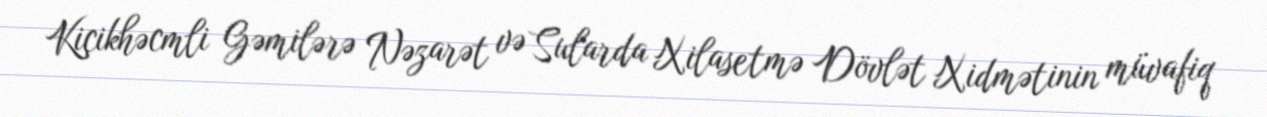
Kiçikhəcmli Gəmilərə Nəzarət və Sularda Xilasetmə Dövlət Xidmətinin müvafiq